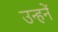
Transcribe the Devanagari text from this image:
उन्हनें